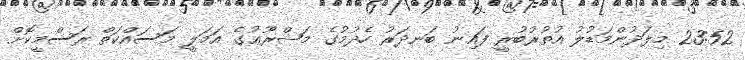
23:52 މިލަދުންމަޑުލު އުތުރުބުރީ ފައިނު ބަނދަރު ހެދުމުގެ މަޝްރޫޢުގެ އަމަލީ މަސައްކަތް ރަސްމީކޮށް